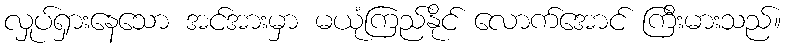
လှုပ်ရှားနေသော အင်အားမှာ မယုံကြည်နိုင် လောက်အောင် ကြီးမားသည်။